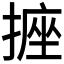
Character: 𭢂